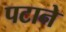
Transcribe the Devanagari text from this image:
पटाने